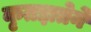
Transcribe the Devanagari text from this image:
कृतज्ञतेने